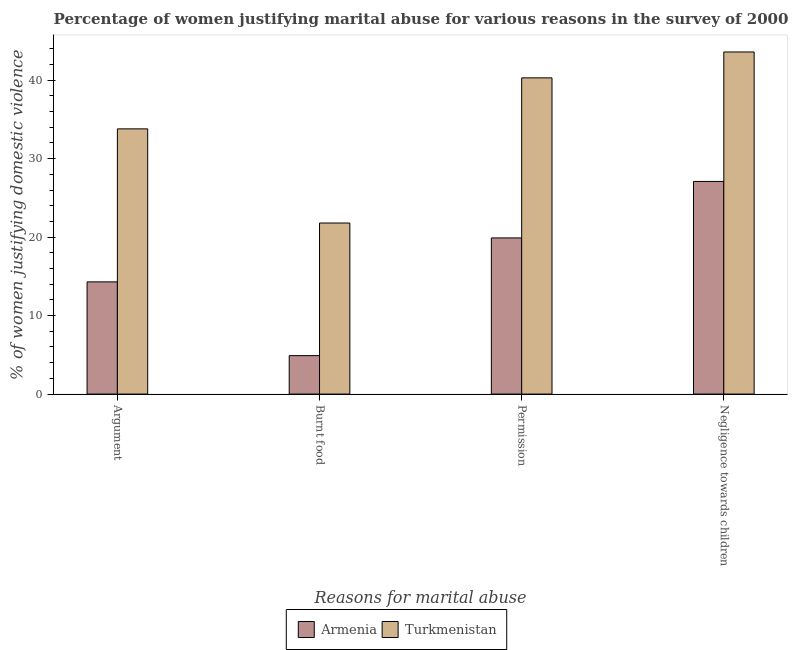
| Reasons for marital abuse | Armenia | Turkmenistan |
 | --- | --- | --- |
 | Argument | 14.3 | 33.8 |
 | Burnt food | 4.9 | 21.8 |
 | Permission | 19.9 | 40.3 |
 | Negligence towards children | 27.1 | 43.6 |